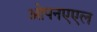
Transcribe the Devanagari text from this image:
ओपनएएल